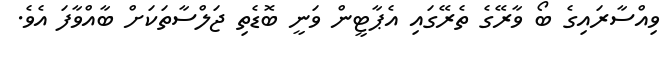
ވިއްސާރައިގެ ބޯ ވާރޭގެ ތެރޭގައި އެޕާޓީން ވަނީ ބޮޑެތި ޖަލްސާތަކަށް ބާއްވާފަ އެވެ.